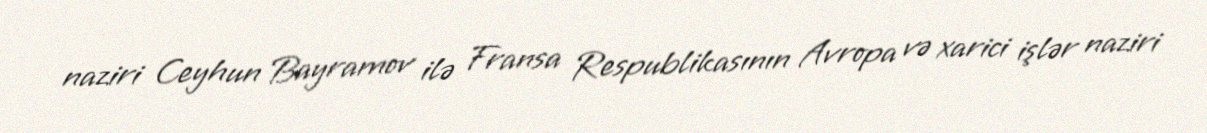
naziri Ceyhun Bayramov ilə Fransa Respublikasının Avropa və xarici işlər naziri